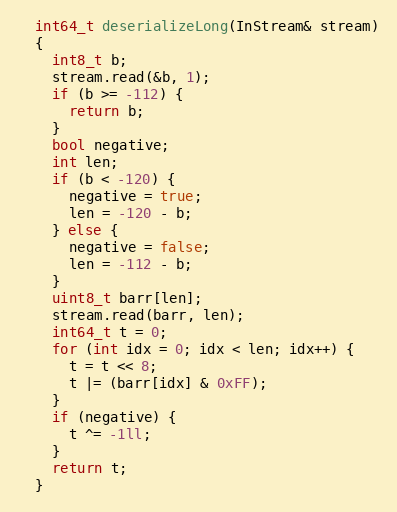
Language: C++
  int64_t deserializeLong(InStream& stream)
  {
    int8_t b;
    stream.read(&b, 1);
    if (b >= -112) {
      return b;
    }
    bool negative;
    int len;
    if (b < -120) {
      negative = true;
      len = -120 - b;
    } else {
      negative = false;
      len = -112 - b;
    }
    uint8_t barr[len];
    stream.read(barr, len);
    int64_t t = 0;
    for (int idx = 0; idx < len; idx++) {
      t = t << 8;
      t |= (barr[idx] & 0xFF);
    }
    if (negative) {
      t ^= -1ll;
    }
    return t;
  }